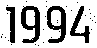
1994